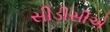
સીડીસીએ